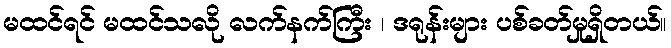
မထင်ရင် မထင်သလို လက်နက်ကြီး ၊ ဒရုန်းများ ပစ်ခတ်မှုရှိတယ်။